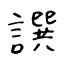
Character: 譔